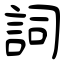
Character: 詞